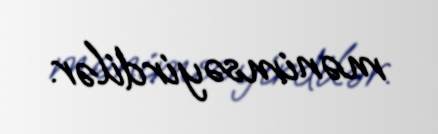
mənimsəyirdilər.